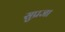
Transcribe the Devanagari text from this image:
सुप्रजा